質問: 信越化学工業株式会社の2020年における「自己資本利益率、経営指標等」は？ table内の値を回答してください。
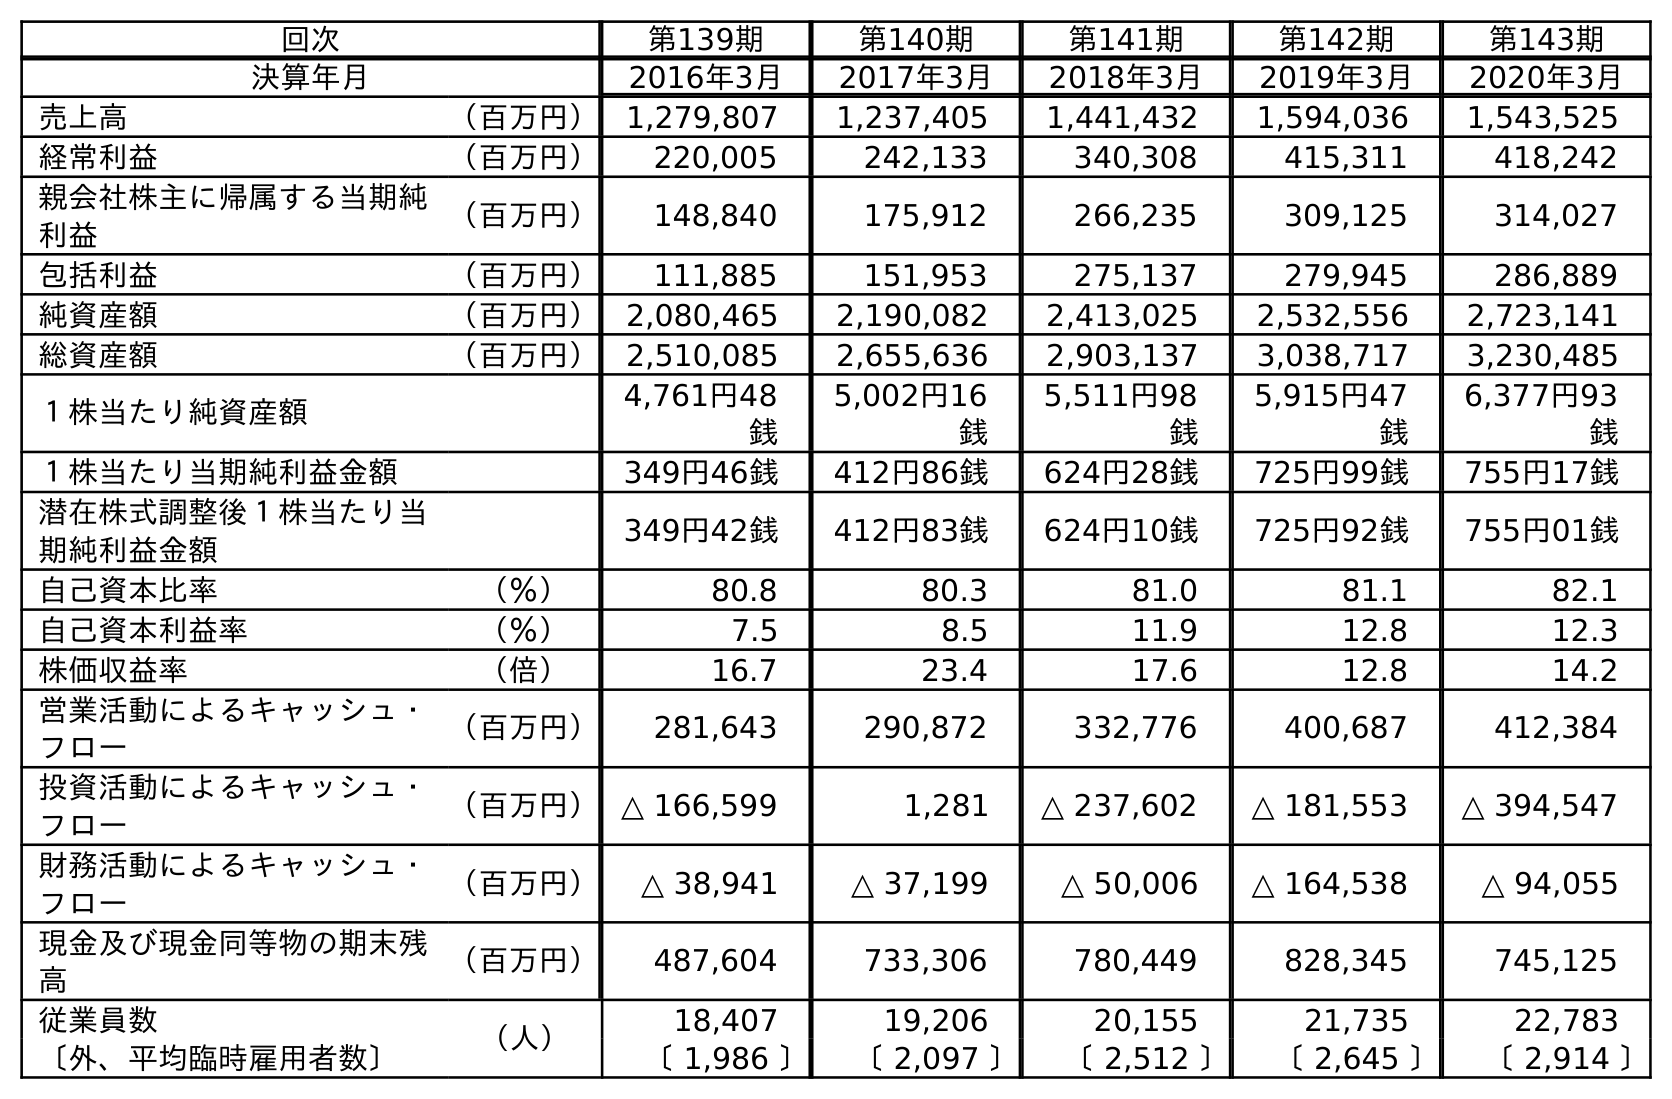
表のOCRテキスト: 回次 第139期 第140期 第141期 第142期 第143期 決算年月 2016年3月 2017年3月 2018年3月 2019年3月 2020年3月 売上高 （百万円） 1,279,807 1,237,405 1,441,432 1,594,036 1,543,525 経常利益 （百万円） 220,005 242,133 340,308 415,311 418,242 親会社株主に帰属する当期純 利益 （百万円） 148,840 175,912 266,235 309,125 314,027 包括利益 （百万円） 111,885 151,953 275,137 279,945 286,889 純資産額 （百万円） 2,080,465 2,190,082 2,413,025 2,532,556 2,723,141 総資産額 （百万円） 2,510,085 2,655,636 2,903,137 3,038,717 3,230,485 １株当たり純資産額 4,761円48 銭 5,002円16 銭 5,511円98 銭 5,915円47 銭 6,377円93 銭 １株当たり当期純利益金額 349円46銭 412円86銭 624円28銭 725円99銭 755円17銭 潜在株式調整後１株当たり当 期純利益金額 349円42銭 412円83銭 624円10銭 725円92銭 755円01銭 自己資本比率 （％） 80.8 80.3 81.0 81.1 82.1 自己資本利益率 （％） 7.5 8.5 11.9 12.8 12.3 株価収益率 （倍） 16.7 23.4 17.6 12.8 14.2 営業活動によるキャッシュ・ フロー （百万円） 281,643 290,872 332,776 400,687 412,384 投資活動によるキャッシュ・ フロー （百万円）△ 166,599 1,281 △ 237,602 △ 181,553 △ 394,547 財務活動によるキャッシュ・ フロー （百万円） △ 38,941 △ 37,199 △ 50,006 △ 164,538 △ 94,055 現金及び現金同等物の期末残 高 （百万円） 487,604 733,306 780,449 828,345 745,125 従業員数 （人） 18,407 19,206 20,155 21,735 22,783 〔外、平均臨時雇用者数〕 〔 1,986 〕 〔 2,097 〕 〔 2,512 〕 〔 2,645 〕 〔 2,914 〕
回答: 12.3